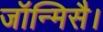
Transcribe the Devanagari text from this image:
जॉन्मिसै।